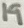
Text: 19